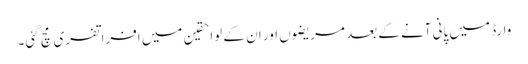
وارڈ میں پانی آنے کے بعد مریضوں اور ان کے لواحقین میں افراتفری مچ گئی۔